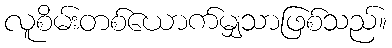
လူစိမ်းတစ်ယောက်မျှသာဖြစ်သည်။